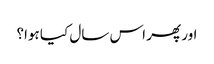
اور پھر اس سال کیا ہوا؟